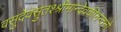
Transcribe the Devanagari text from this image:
वसुदेवसुतश्श्रीमान्देवकीनन्दनो